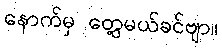
နောက်မှ တွေ့မယ်ခင်ဗျာ။